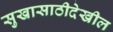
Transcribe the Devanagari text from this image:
सुखासाठीदेखील